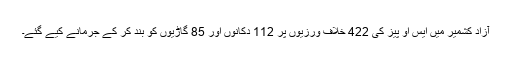
آزاد کشمیر میں ایس او پیز کی 422 خلاف ورزیوں پر 112 دکانوں اور 85 گاڑیوں کو بند کر کے جرمانے کیے گئے۔